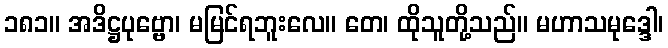
၁၈၁။ အဒိဋ္ဌပုဗ္ဗော၊ မမြင်ရဘူးလေ။ တေ၊ ထိုသူတို့သည်။ မဟာသမုဒ္ဒေါ၊